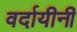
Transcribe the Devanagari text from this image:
वर्दायीनी